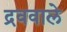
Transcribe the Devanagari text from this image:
द्रववाले